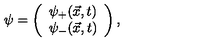
\psi = \left( \begin{array} { c } { { { \psi } _ { + } ( \vec { x } , t ) } } \\ { { { \psi } _ { - } ( \vec { x } , t ) } } \\ \end{array} \right) ,